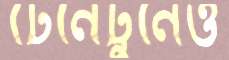
টেনেটুনেও